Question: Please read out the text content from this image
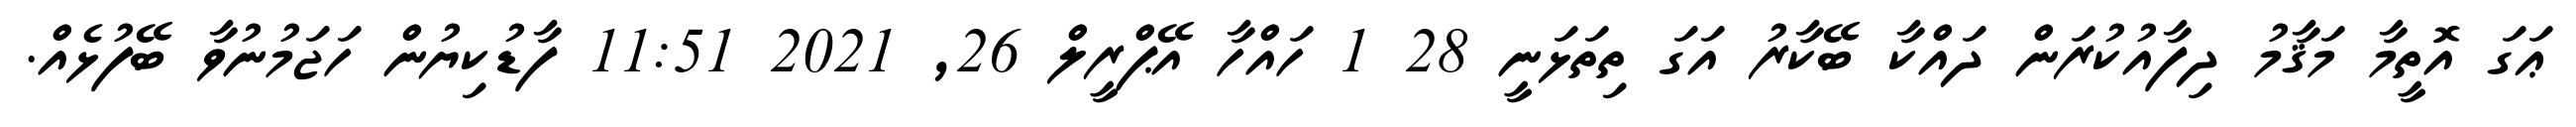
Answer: ޢަގަ އޮތީމާ މަޤާމު ދިފާއުކުރަން ދައްކާ ބޭކާރު އަގަ ތިތަޅަނީ 28 1 ހައްހާ އޭޕްރީލް 26, 2021 11:51 ފާޑުކިޔުން ހަޖަމުނުވާ ބޭފުޅެއް.